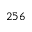
2 5 6